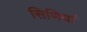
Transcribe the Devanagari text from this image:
सिणियां